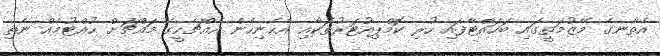
އެތާނގެ މޭޒުމަތީގައި ބަހައްޓާފައި ހުރި ކޮމްޕިއުޓަރުތަކާއި އެހެނިހެން އެއްޗެހީގެ މައްޗަށް ހުއްޓުމެއް ނެތި